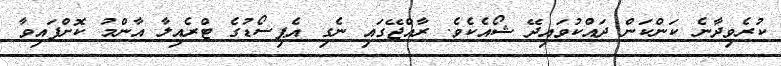
ކުރެވިދާނެ ކަންކަން ދައްކުވައިދޭ ޝޯއެކެވެ. ރާއްޖޭގައި ނެގި އެޕިސޯޑުުގެ ޓްރެއިލާ އާންމު ކޮށްފައިވާ